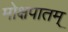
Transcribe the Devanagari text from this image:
मोक्षपातम्